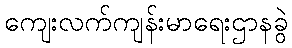
ကျေးလက်ကျန်းမာရေးဌာနခွဲ